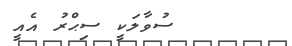
ސުވާލަކީ ސިޙްރު އެއީ